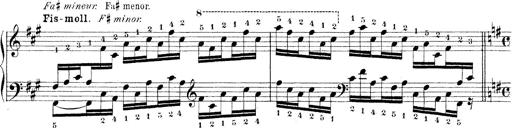
Title: Technische Studien
Composer: Franz Liszt